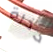
حذرة